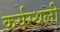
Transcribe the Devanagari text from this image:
कर्यस्थली